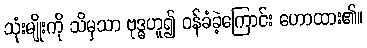
သုံးမျိုးကို သိမှသာ ဗုဒ္ဓဟူ၍ ဝန်ခံခဲ့ကြောင်း ဟောထား၏။